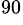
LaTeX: ^{90}